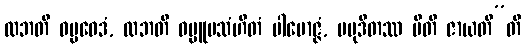
လဘတိ ဓမ္မဝေဒံ, လဘတိ ဓမ္မူပသံဟိတံ ပါမောဇ္ဇံ, ပမုဒိတဿ ပီတိ ဇာယတီ”တိ